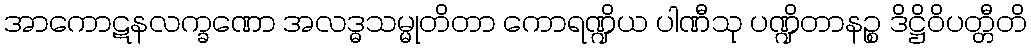
အာကောဋနလက္ခဏော အလဒ္ဓသမ္မုတိတာ ကောရဏ္ဍိယ ပါဏီသု ပဏ္ဍိတာနဉ္စ ဒိဋ္ဌိဝိပတ္တီတိ